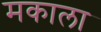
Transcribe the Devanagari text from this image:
मकाला